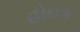
હોઇક